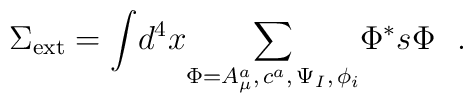
\Sigma_{{\rm ext}}={\int }d^4x{\sum_{\Phi =A_\mu^a,\,c^a,\,\Psi_I,\,\phi_i}}\Phi^{*}s\Phi ~~.